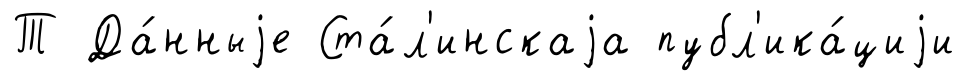
Т Да́нныjе Ста́л'инскаjа публ'ика́циjи